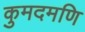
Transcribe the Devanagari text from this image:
कुमदमणि